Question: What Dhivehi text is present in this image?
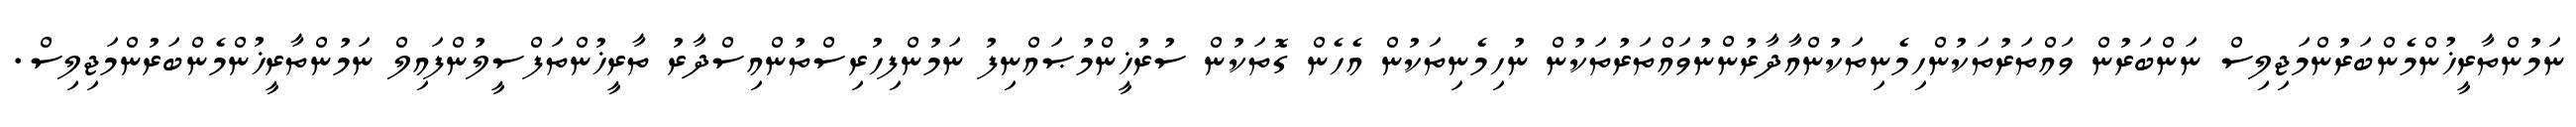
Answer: ނަމުންތާރީޚުންމެންބަރުންމަޖިލިސް ނަންބަރުން ވައްތަރުތަކުންހިމެނިތަކުންއާދާރުންނުވައްތަރުތަކުން ނުހިމެނިތަކުން އެހެން ގޮތަކުން ސުރުޚީންމުޞައްނިފު ނަމުންފިހުރިސްތުންއިސްދާރު ތާރީޚުންތަފްސީލުންފައިލް ނަމުންތާރީޚުންމެންބަރުންމަޖިލިސް.